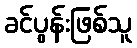
ခင်ပွန်းဖြစ်သူ